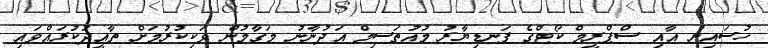
ހުސައިން އާއި ސްޕްރީމް ކޯޓްގެ ފަނޑިޔާރު މުއުތަސިމް އަދުނާނު މަގާމުން ވަކިކުރުމަށް ތާއީދުކުރައްވައި